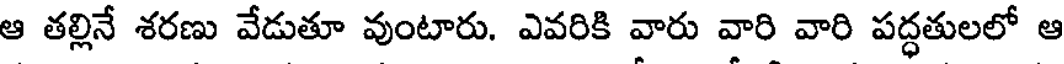
ఆ తల్లినే శరణు వేడుతూ వుంటారు. ఎవరికి వారు వారి వారి పద్ధతులలో ఆ